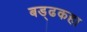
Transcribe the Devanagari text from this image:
बड्ढकहा